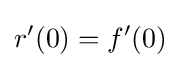
r'(0)=f'(0)